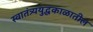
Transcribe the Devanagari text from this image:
स्वातंत्र्ययुद्धकाळातील